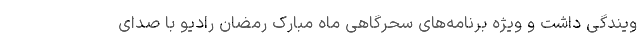
ویندگی داشت و ویژه برنامه‌های سحرگاهی ماه مبارک رمضان رادیو با صدای